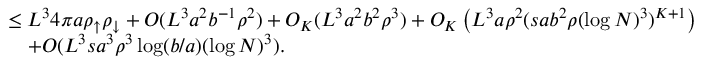
\begin{array} { r l } & { \leq L ^ { 3 } 4 \pi a \rho _ { \uparrow } \rho _ { \downarrow } + O ( L ^ { 3 } a ^ { 2 } b ^ { - 1 } \rho ^ { 2 } ) + O _ { K } ( L ^ { 3 } a ^ { 2 } b ^ { 2 } \rho ^ { 3 } ) + O _ { K } \left( L ^ { 3 } a \rho ^ { 2 } ( s a b ^ { 2 } \rho ( \log N ) ^ { 3 } ) ^ { K + 1 } \right) } \\ & { \quad + O ( L ^ { 3 } s a ^ { 3 } \rho ^ { 3 } \log ( b / a ) ( \log N ) ^ { 3 } ) . } \end{array}